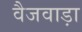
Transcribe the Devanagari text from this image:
वैजवाड़ा